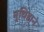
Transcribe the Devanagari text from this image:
मुथिहाने